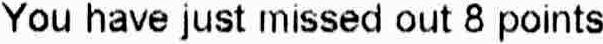
YOU HAVE JUST MISSED OUT 8 POINTS